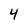
Character: 4